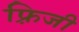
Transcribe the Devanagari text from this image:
फ़्रिजी